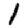
Digit: 1